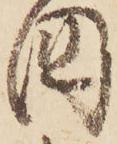
国